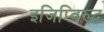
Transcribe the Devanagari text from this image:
इजिप्विरुद्ध